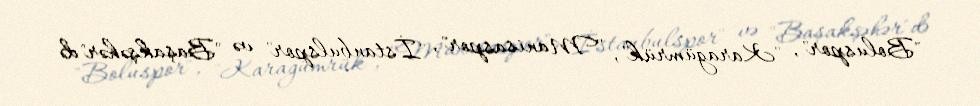
"Boluspor", "Karagümrük", "Manisaspor", "İstanbulspor" və "Başakşəhər"də